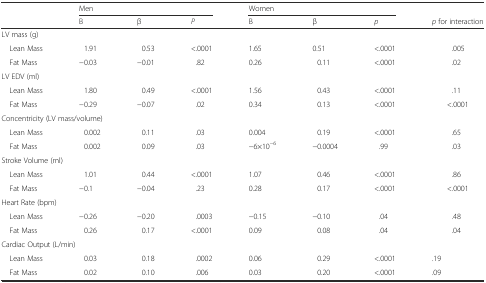
<table><thead><tr><td></td><td colspan="3"><b>Men</b></td><td colspan="3"><b>Women</b></td><td></td></tr><tr><td></td><td><b>B</b></td><td><b>β</b></td><td><b><i>P</i></b></td><td><b>B</b></td><td><b>β</b></td><td><b><i>p</i></b></td><td><b><i>p</i> for interaction</b></td></tr></thead><tbody><tr><td>LV mass (g)</td><td></td><td></td><td></td><td></td><td></td><td></td><td></td></tr><tr><td> Lean Mass</td><td>1.91</td><td>0.53</td><td>&lt;.0001</td><td>1.65</td><td>0.51</td><td>&lt;.0001</td><td>.005</td></tr><tr><td> Fat Mass</td><td>−0.03</td><td>−0.01</td><td>.82</td><td>0.26</td><td>0.11</td><td>&lt;.0001</td><td>.02</td></tr><tr><td colspan="8">LV EDV (ml)</td></tr><tr><td> Lean Mass</td><td>1.80</td><td>0.49</td><td>&lt;.0001</td><td>1.56</td><td>0.43</td><td>&lt;.0001</td><td>.11</td></tr><tr><td> Fat Mass</td><td>−0.29</td><td>−0.07</td><td>.02</td><td>0.34</td><td>0.13</td><td>&lt;.0001</td><td>&lt;.0001</td></tr><tr><td colspan="8">Concentricity (LV mass/volume)</td></tr><tr><td> Lean Mass</td><td>0.002</td><td>0.11</td><td>.03</td><td>0.004</td><td>0.19</td><td>&lt;.0001</td><td>.65</td></tr><tr><td> Fat Mass</td><td>0.002</td><td>0.09</td><td>.03</td><td>−6×10<sup>−6</sup></td><td>−0.0004</td><td>.99</td><td>.03</td></tr><tr><td colspan="8">Stroke Volume (ml)</td></tr><tr><td> Lean Mass</td><td>1.01</td><td>0.44</td><td>&lt;.0001</td><td>1.07</td><td>0.46</td><td>&lt;.0001</td><td>.86</td></tr><tr><td> Fat Mass</td><td>−0.1</td><td>−0.04</td><td>.23</td><td>0.28</td><td>0.17</td><td>&lt;.0001</td><td>&lt;.0001</td></tr><tr><td colspan="8">Heart Rate (bpm)</td></tr><tr><td> Lean Mass</td><td>−0.26</td><td>−0.20</td><td>.0003</td><td>−0.15</td><td>−0.10</td><td>.04</td><td>.48</td></tr><tr><td> Fat Mass</td><td>0.26</td><td>0.17</td><td>&lt;.0001</td><td>0.09</td><td>0.08</td><td>.04</td><td>.04</td></tr><tr><td colspan="8">Cardiac Output (L/min)</td></tr><tr><td> Lean Mass</td><td>0.03</td><td>0.18</td><td>.0002</td><td>0.06</td><td>0.29</td><td>&lt;.0001</td><td>.19</td></tr><tr><td> Fat Mass</td><td>0.02</td><td>0.10</td><td>.006</td><td>0.03</td><td>0.20</td><td>&lt;.0001</td><td>.09</td></tr></tbody></table>